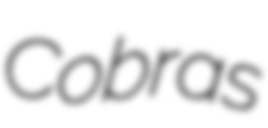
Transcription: Cobras